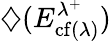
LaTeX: {\diamondsuit(E_{\operatorname{cf}(\lambda)}^{\lambda^{+}}})